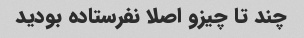
چند تا چیزو اصلا نفرستاده بودید